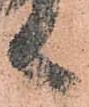
言